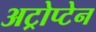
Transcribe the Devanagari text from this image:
अट्रोप्टेन